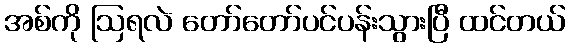
အစ်ကို ဩရလဲ တော်တော်ပင်ပန်းသွားပြီ ထင်တယ်